Plague in India, 1896, 1897 - Volume 3
Year: 1896
Disease focus: Plague
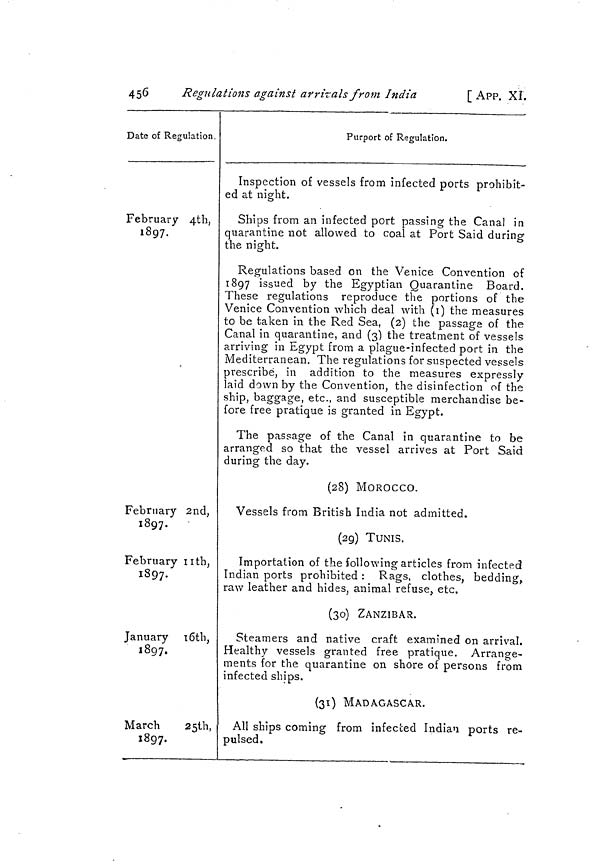
456
Regulations against arrivals from India
[ APP. XÎ.
Date of Regulation.
February 4th,
1897.
February 2nd,
1897.
February 11th,
1897-
January 16th,
1897.
March
25th,
1897.
Purport of Regulation.
Inspection of vessels from infected ports prohibit-
ed at night.
Ships from an infected port passing the Canal in
quarantine not allowed to coal at Port Said during
the night.
Regulations based on the Venice Convention of
1897 issued by the Egyptian Quarantine Board.
These regulations reproduce the portions of the
Venice Convention which deal with (1) the measures
to be taken in the Red Sea, (2) the passage of the
Canal in quarantine, and (3) the treatment of vessels
arriving in Egypt from a plague-infected port in the
Mediterranean. The regulations for suspected vessels
prescribe, in addition to the measures expressly
laid down by the Convention, the disinfection of the
ship, baggage, etc., and susceptible merchandise be-
fore free pratique is granted in Egypt.
The passage of the Canal in quarantine to be
arranged so that the vessel arrives at Port Said
during the day.
(28) MOROCCO.
Vessels from British India not admitted.
(29) TUNIS.
Importation of the following articles from infected
Indian ports prohibited : Rags, clothes, bedding,,
raw leather and hides, animal refuse, etc.
(30) ZANZIBAR.
Steamers and native craft examined on arrival.
Healthy vessels granted free pratique. Arrange-
ments for the quarantine on shore of persons from
infected ships.
(31) MADAGASCAR.
All ships coming from infected Indian ports re-
pulsed.